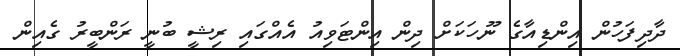
ދާދިފަހުން އިންޑިއާގެ ނޫހަކަށް ދިން އިންޓަވިއު އެއްގައި ރިޝީ ބުނީ ރަންބީރު ގެއިން